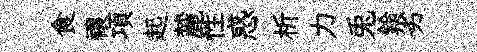
食禳項起麓性惑析力兎鈴劣